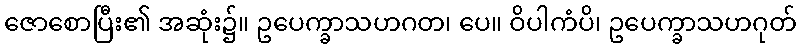
ဇောစောပြီး၏ အဆုံး၌။ ဥပေက္ခာသဟဂတ၊ ပေ။ ဝိပါကံပိ၊ ဥပေက္ခာသဟဂုတ်